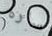
ساره